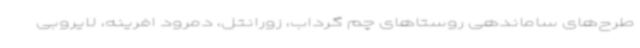
طرح‌های ساماندهی روستاهای چم گرداب، زورانتل، دمرود افرینه، لایروبی